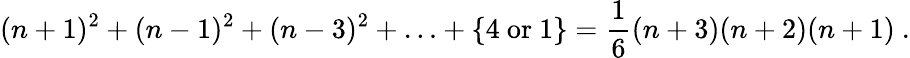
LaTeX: (n+1)^{2}+(n-1)^{2}+(n-3)^{2}+\ldots+\{ 4\ \mathrm{or}\ 1\} =\frac{1}{6}(n+3)(n+2)(n+1)\ .